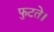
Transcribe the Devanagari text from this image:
फुटते।